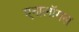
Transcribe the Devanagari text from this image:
एनालॉगस